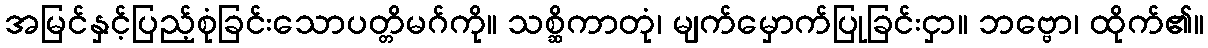
အမြင်နှင့်ပြည့်စုံခြင်းသောပတ္တိမဂ်ကို။ သစ္ဆိကာတုံ၊ မျက်မှောက်ပြုခြင်းငှာ။ ဘဗ္ဗော၊ ထိုက်၏။